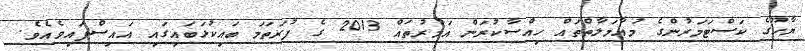
ޔާހޫގެ ކަސްޓަމަރުންގެ މުޢާމަލާތްތައް ހިއްސާކުރަން އަމުރުތައް 2013 ގެ ފުރަތަމަ ބައިކުޅަބައިގައި އައިސްފައިވެއެވެ.